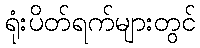
ရုံးပိတ်ရက်များတွင်